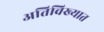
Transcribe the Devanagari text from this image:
अतिविख्यात